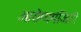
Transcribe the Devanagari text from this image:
आरोग्यमंजिरी